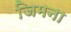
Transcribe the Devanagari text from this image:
जिमना